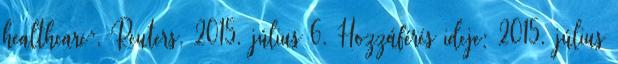
healthcare”, Reuters, 2015. július 6. Hozzáférés ideje: 2015. július